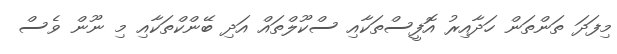
މިފަދަ ތަންތަން ހަދާއިރު އޮފީސްތަކާއި ސްކޫލްތައް އަދި ބޭންކްތަކާއި މި ނޫން ވެސް